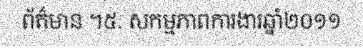
ព័ត៌មាន ។៥. សកម្មភាពការងារឆ្នាំ២០១១